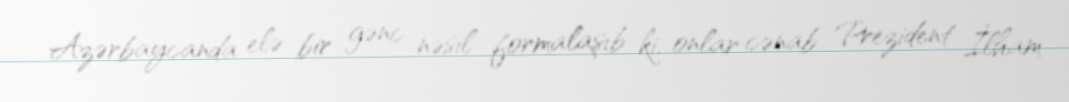
Azərbaycanda elə bir gənc nəsil formalaşıb ki, onlar cənab Prezident İlham